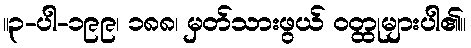
။၃-ပါ-၁၉၉၊ ၁၈၈၊ မှတ်သားဖွယ် ဝတ္ထုများပါ၏။